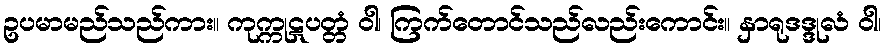
ဥပမာမည်သည်ကား။ ကုက္ကုဋပတ္တံ ဝါ၊ ကြက်တောင်သည်လည်းကောင်း။ နှာရုဒဒ္ဒုလံ ဝါ၊